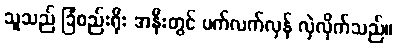
သူသည် ခြံစည်းရိုး အနီးတွင် ပက်လက်လှန် လှဲလိုက်သည်။